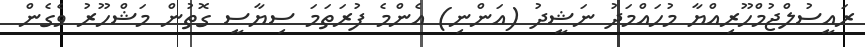
ރައީސުލްޖުމްހޫރިއްޔާ މުހައްމަދު ނަޝީދު (އަންނި) އެންމެ ފުރަތަމަ ސިޔާސީ ގޮތުން މަޝްހޫރު ވެގެން